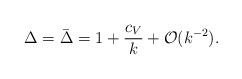
LaTeX: \begin{align*}\Delta=\bar\Delta=1+{c_V\over k}+{\cal O}(k^{-2}).\end{align*}